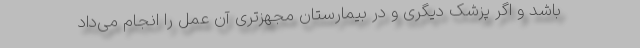
باشد و اگر پزشک دیگری و در بیمارستان مجهزتری آن عمل را انجام می‌داد